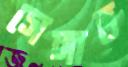
সেঙ্গাত